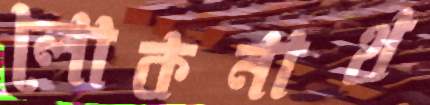
লোকনাথ